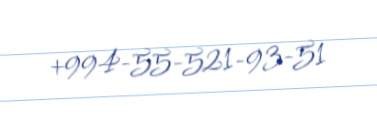
+994-55-521-93-51